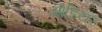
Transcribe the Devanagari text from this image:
ओडियर